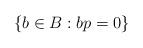
LaTeX: \begin{align*}\{b\in B: bp=0\}\end{align*}